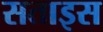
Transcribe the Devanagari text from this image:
सताइस